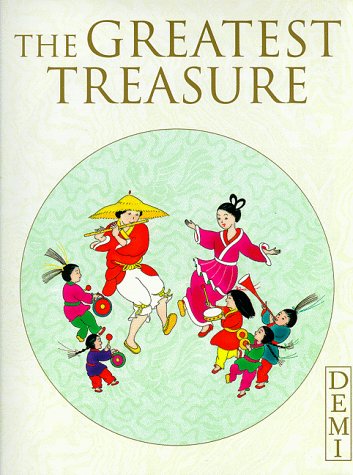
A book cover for The Greatest Treasure; Demi; Children's Books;